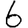
Digit: 6